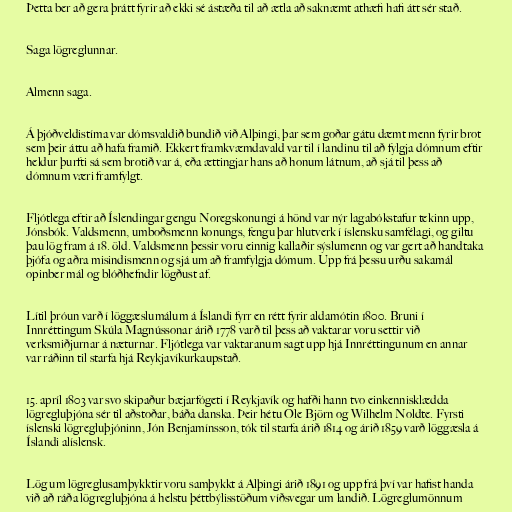
Þetta ber að gera þrátt fyrir að ekki sé ástæða til að ætla að saknæmt athæfi hafi átt sér stað.

Saga lögreglunnar.

Almenn saga.

Á þjóðveldistíma var dómsvaldið bundið við Alþingi, þar sem goðar gátu dæmt menn fyrir brot
sem þeir áttu að hafa framið. Ekkert framkvæmdavald var til í landinu til að fylgja dómnum eftir
heldur þurfti sá sem brotið var á, eða ættingjar hans að honum látnum, að sjá til þess að
dómnum væri framfylgt.

Fljótlega eftir að Íslendingar gengu Noregskonungi á hönd var nýr lagabókstafur tekinn upp,
Jónsbók. Valdsmenn, umboðsmenn konungs, fengu þar hlutverk í íslensku samfélagi, og giltu
þau lög fram á 18. öld. Valdsmenn þessir voru einnig kallaðir sýslumenn og var gert að handtaka
þjófa og aðra misindismenn og sjá um að framfylgja dómum. Upp frá þessu urðu sakamál
opinber mál og blóðhefndir lögðust af.

Lítil þróun varð í löggæslumálum á Íslandi fyrr en rétt fyrir aldamótin 1800. Bruni í
Innréttingum Skúla Magnússonar árið 1778 varð til þess að vaktarar voru settir við
verksmiðjurnar á næturnar. Fljótlega var vaktaranum sagt upp hjá Innréttingunum en annar
var ráðinn til starfa hjá Reykjavíkurkaupstað.

15. apríl 1803 var svo skipaður bæjarfógeti í Reykjavík og hafði hann tvo einkennisklædda
lögregluþjóna sér til aðstoðar, báða danska. Þeir hétu Ole Björn og Wilhelm Noldte. Fyrsti
íslenski lögregluþjóninn, Jón Benjamínsson, tók til starfa árið 1814 og árið 1859 varð löggæsla á
Íslandi alíslensk.

Lög um lögreglusamþykktir voru samþykkt á Alþingi árið 1891 og upp frá því var hafist handa
við að ráða lögregluþjóna á helstu þéttbýlisstöðum víðsvegar um landið. Lögreglumönnum